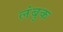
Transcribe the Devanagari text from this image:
लंबुक